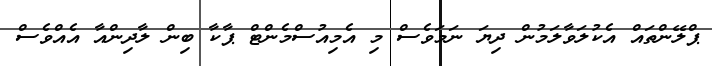
ޕްލޭންތައް އެކުލަވާލަމުން ދިޔަ ނަމަވެސް މި އެމިއުސްމެންޓް ޕާކާ ބިން ލާދިންއާ އެއްވެސް